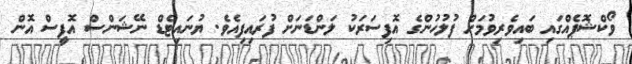
ވޯކްޝޮޕެއްގައި ބައިވެރިވުމަށް ފުލުހުންގެ އޮފިސަރަކު ލަންޑަނަށް ފުރައިފިއެވެ. ޔުނައިޓެޑް ނޭޝަންސް އޮފީސް އޮން